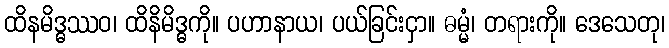
ထိနမိဒ္ဓဿဝ၊ ထိနိမိဒ္ဓကို။ ပဟာနာယ၊ ပယ်ခြင်းငှာ။ ဓမ္မံ၊ တရားကို။ ဒေသေတု၊